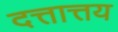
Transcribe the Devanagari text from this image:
दत्तात्तय